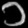
Digit: ၁